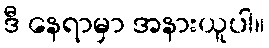
ဒီ နေရာမှာ အနားယူပါ။